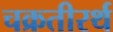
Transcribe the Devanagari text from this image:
चक्रतीरर्थ